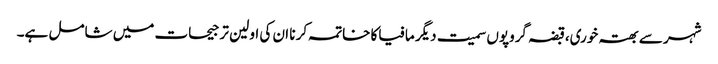
شہر سے بھتہ خوری،قبضہ گروپوں سمیت دیگر مافیاکا خاتمہ کر نا ان کی اولین تر جیحات میں شامل ہے۔